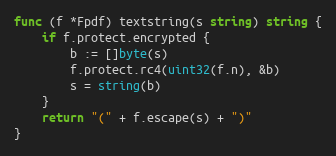
Language: Go
func (f *Fpdf) textstring(s string) string {
	if f.protect.encrypted {
		b := []byte(s)
		f.protect.rc4(uint32(f.n), &b)
		s = string(b)
	}
	return "(" + f.escape(s) + ")"
}